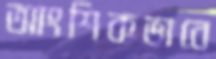
আংশিকভাবে